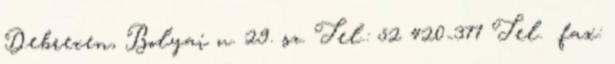
Debrecen, Bolyai u. 29. sz. Tel.: 52 420-377 Tel. fax: